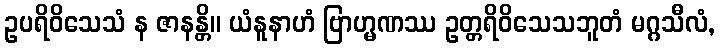
ဥပရိဝိသေသံ န ဇာနန္တိ။ ယံနူနာဟံ ဗြာဟ္မဏဿ ဥတ္တရိဝိသေသဘူတံ မဂ္ဂသီလံ,